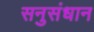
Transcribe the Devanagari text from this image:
सनुसंधान